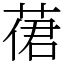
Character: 𦴨